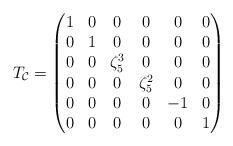
LaTeX: \begin{align*} T_{\mathcal{C}}= \begin{pmatrix} 1&0&0&0&0&0\\ 0&1&0&0&0&0\\ 0&0&\zeta_5^3&0&0&0\\ 0&0&0&\zeta_5^2&0&0\\ 0&0&0&0&-1&0\\ 0&0&0&0&0&1 \end{pmatrix}\end{align*}